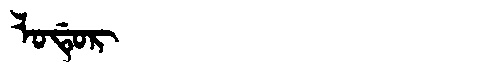
Manchu: ᠯᠣᡩᡠᡵ
Romanization: LODUR